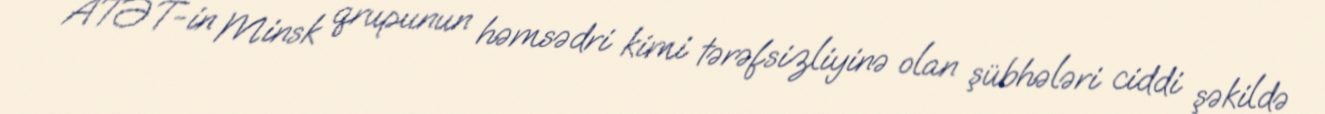
ATƏT-in Minsk qrupunun həmsədri kimi tərəfsizliyinə olan şübhələri ciddi şəkildə